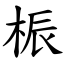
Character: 桭